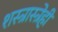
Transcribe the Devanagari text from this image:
शस्त्रास्त्रेही